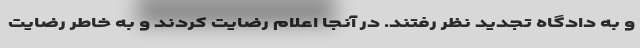
و به دادگاه تجدید نظر رفتند. در آنجا اعلام رضایت کردند و به خاطر رضایت